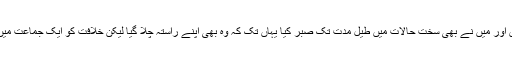
تو خدا کی قسم لوگ ایک کجروی‘ سر کشی‘ تلون مزاجی اور بے راہ روی میں مبتلا ہوگئے ہیں اور میں نے بھی سخت حالات میں طیل مدت تک صبر کیا یہاں تک کہ وہ بھی اپنے راستہ چلا گیا لیکن خلافت کو ایک جماعت میں قرار دے گیا جن میں ایک مجھے بھی شمار کرگیا جب کہ میرا اس شوریٰ سے کیا تعلق تھا؟